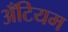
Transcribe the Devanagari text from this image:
अँटियम